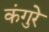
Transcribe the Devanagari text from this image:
कंगुरे